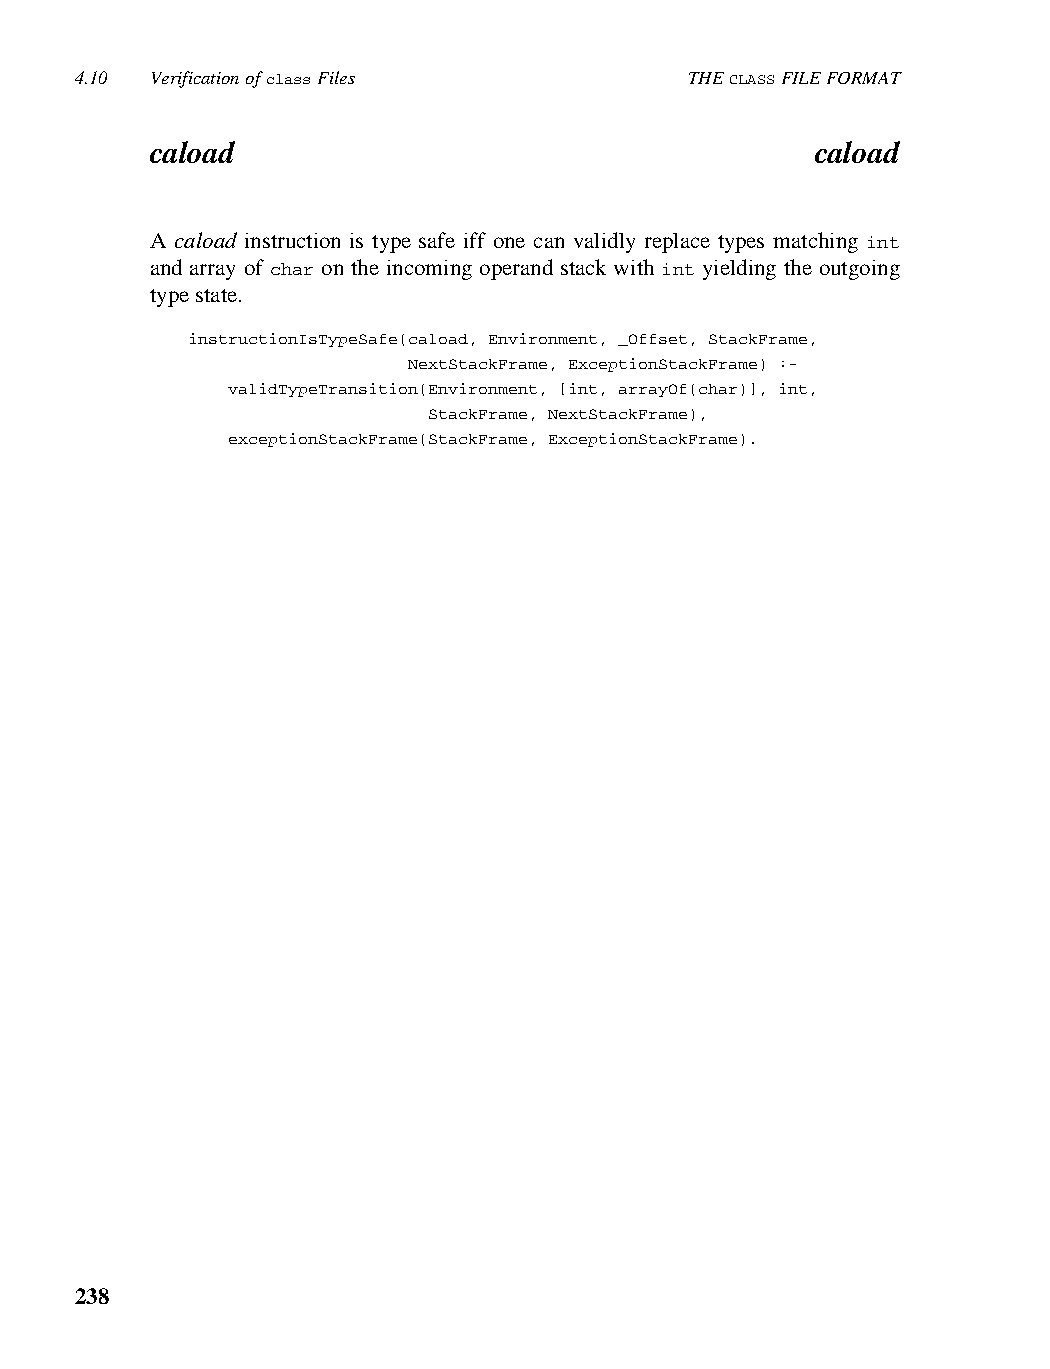
4.10 Verification of class Files         THE CLASS FILE FORMAT
 caload                                      caload
 A caload instruction is type safe iff one can validly replace types matching int
 and array of char on the incoming operand stack with int yielding the outgoing
 type state.
 instructionIsTypeSafe(caload, Environment, _Offset, StackFrame,
 NextStackFrame, ExceptionStackFrame) :-
 validTypeTransition(Environment, [int, arrayOf(char)], int,
 StackFrame, NextStackFrame),
 exceptionStackFrame(StackFrame, ExceptionStackFrame).
 238